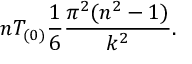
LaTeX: n T _ { ( 0 ) } { \frac { 1 } { 6 } } { \frac { \pi ^ { 2 } ( n ^ { 2 } - 1 ) } { k ^ { 2 } } } .